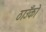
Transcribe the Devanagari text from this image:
ठाउँको